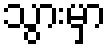
သွားမှာ